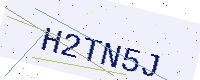
Text: H2TN5J